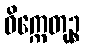
ဝိက္ကေတုဉ္စ